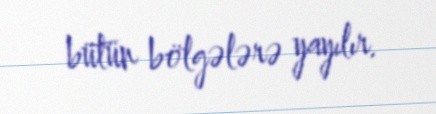
bütün bölgələrə yayılır.